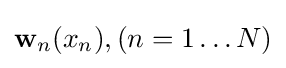
\mathbf {w} _{n}(x_{n}),(n=1\ldots N)